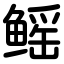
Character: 鳐